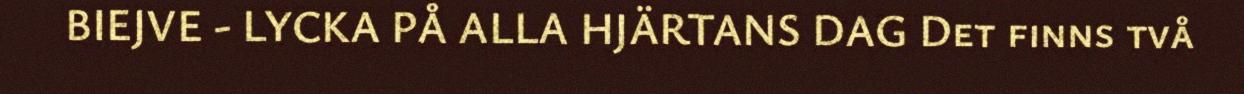
BIEJVE - LYCKA PÅ ALLA HJÄRTANS DAG Det finns två